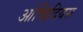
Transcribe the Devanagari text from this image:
ओव्हिदियस